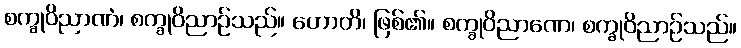
စက္ခုဝိညာဏံ၊ စက္ခုဝိညာဉ်သည်။ ဟောတိ၊ ဖြစ်၏။ စက္ခုဝိညာဏေ၊ စက္ခုဝိညာဉ်သည်။